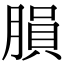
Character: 䐣